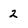
Character: 2